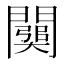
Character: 𨶥